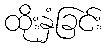
ထိုးနှံခြင်း